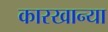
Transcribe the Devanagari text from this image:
कारखान्या